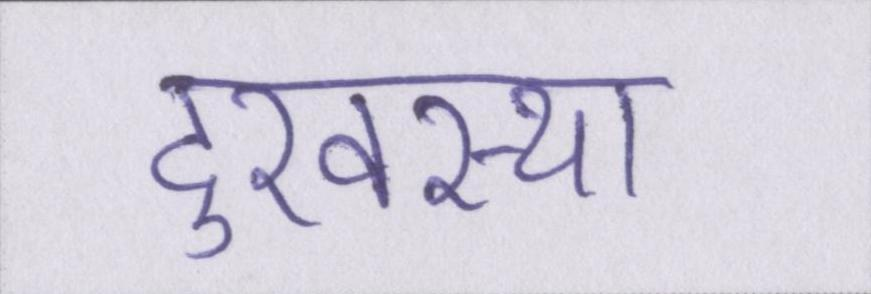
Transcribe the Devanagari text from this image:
दुरवस्था